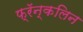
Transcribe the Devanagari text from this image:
फ्रॅन्कलिन